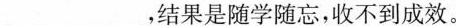
___结果是随学随忘，收不到成效。